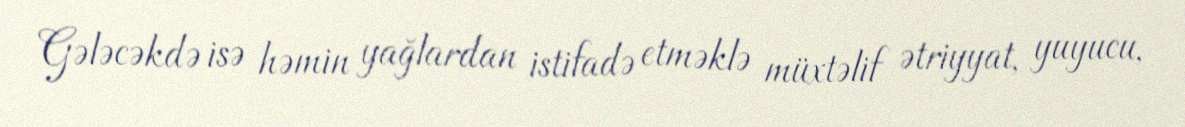
Gələcəkdə isə həmin yağlardan istifadə etməklə müxtəlif ətriyyat, yuyucu,